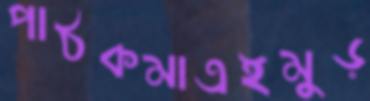
পাঠকমাত্রইমুড়